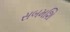
સબમશિ